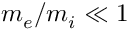
m _ { e } / m _ { i } \ll 1